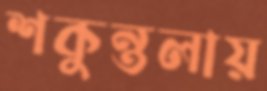
শকুন্তলায়